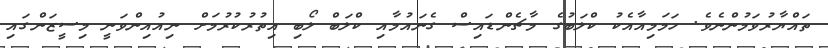
ތައްޔާރުވަމުންނެވެ. ހަމަމިއާއެކު ކްލަބުގެ މާޗެންޑައިސް ގެނައުމާއި ކްލަބް ލޯބި އިތުރުކުރުމަށް ނިއުއިންވަނީ މިސީޒަންގައި